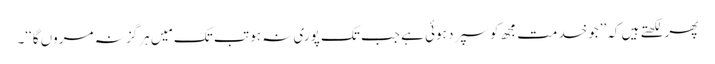
پھر لکھتے ہیں کہ’’جو خدمت مجھ کو سپرد ہوئی ہے جب تک پوری نہ ہو تب تک مَیں ہرگز نہ مروں گا‘‘۔